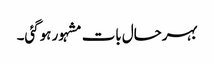
بہرحال بات مشہور ہوگئی۔